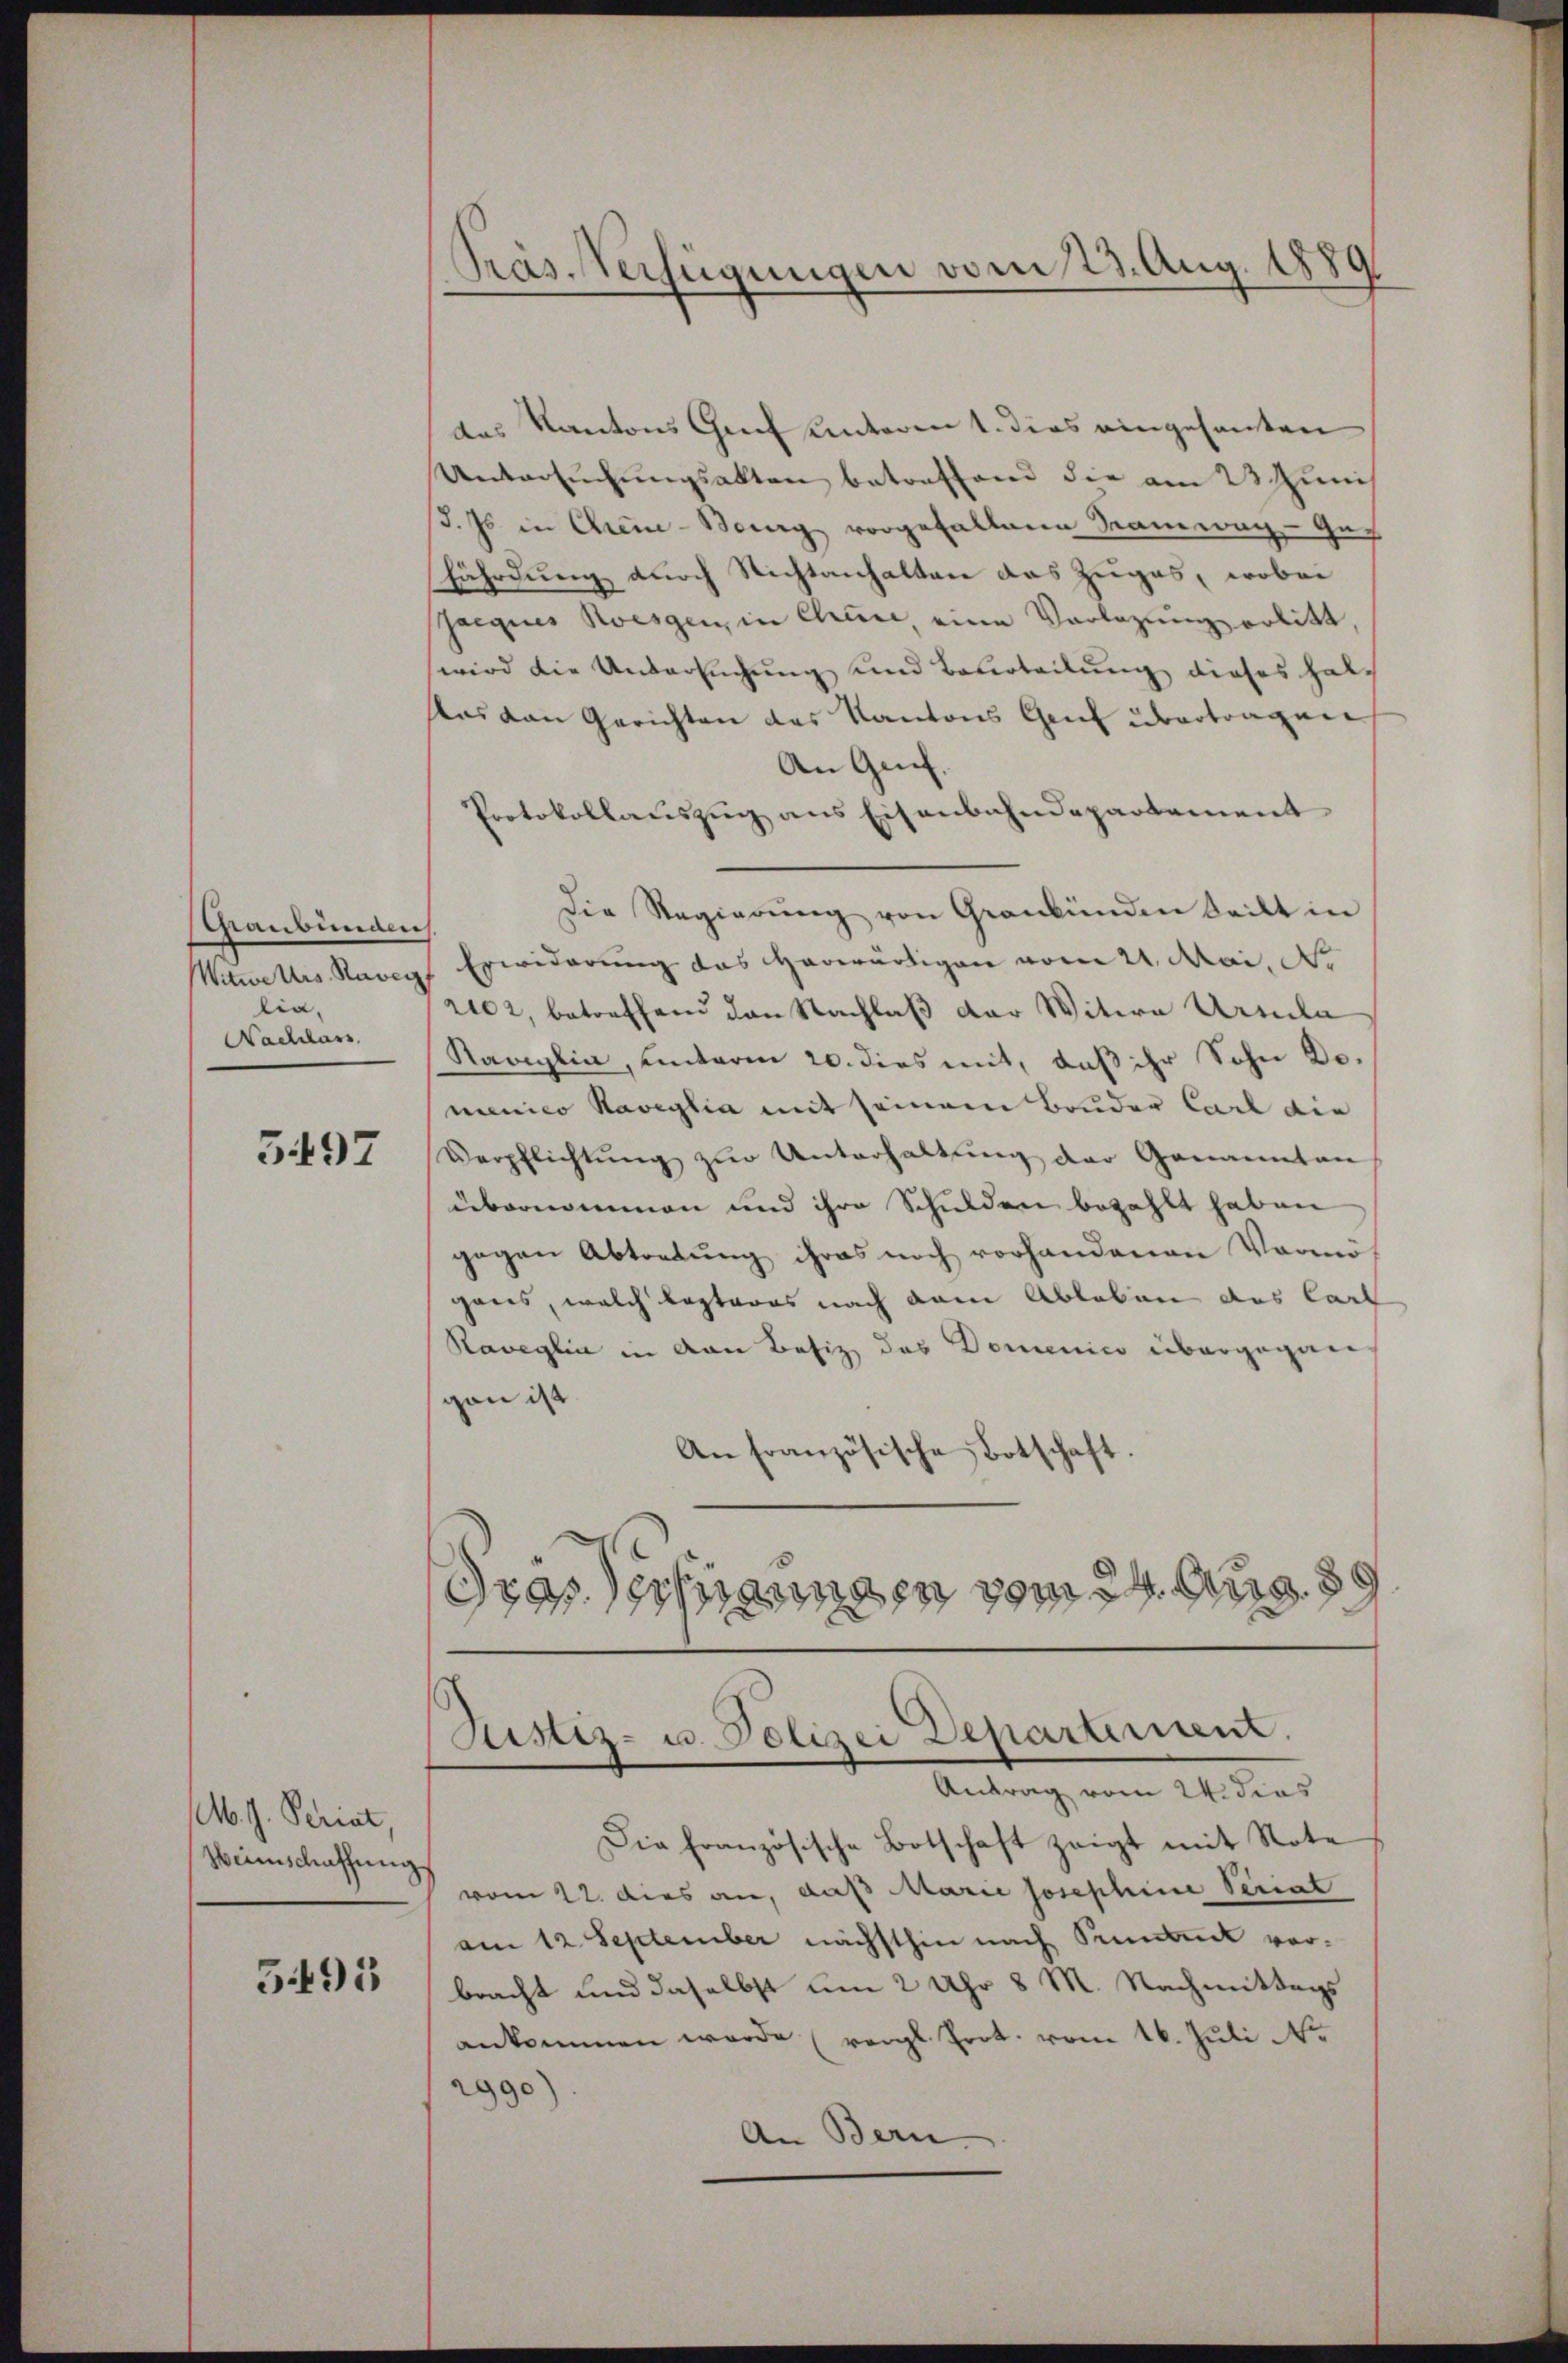
Graubünden
Witwe Mrs. Ravey
lia,
Nachlass

3497

M. J. Periat
Weinschaffung

5495

Präs. Verfügungen vom 23. Aug. 1889

das Kantons Genf Kantoren 1. dies eingesanten
Untersuchungsakten betreffend die am 23 Junis
d. Js in Chine-Berg vorgefallene Samwag-Gefährdung durch Nichtanhalten das Zuges, wobei
Jacques Kessen, in Chine, eine Vorlegung erlitt,
wird die Untersuchung und Beurteilung dieses Halch
sas von Gerichten das Kantons Gruf übertragen
An Genf.
Protokollauszug aus Eisenbahndepartement
Die Regierŭng von Graubünden teilt in
Erwiderung das Horwärtigen vom 24. Mai, No
rie, betreffend den Nachlaß der Witwe Urla
Ramiglia, unterm 20. dies mit, daß ihr Sohn Domenico Raveglia mit seinem Bruder Carl die
Verpflichtŭng zŭr Unterhaltŭng der Genannten
übernommen und ihre Schulden bezahlt haben
gegen Abtretung ihres noch vorhandenen Vormogans, welch lezteres nach dem Ableben des Cart
Raveglia in von Besiz das Domenico übergegner
gau ist.
An französische Botschaft
Gras sichtungen vom 24. Aug. 89

Rustiz- u. Polizei Departement.
Antrag vom 24. dies

Die französische Botschaft zeigt mit Note
vom 22. dies an, daß Marie Josephine Seriat
am 12. September nächsthin nach Sendruck vorbracht und daselbst um 2 Uhr 8 M. Nachmittags
ankommen werde (vergl. Prot. vom 16. Juli N.
2990
An Bern